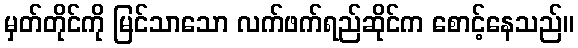
မှတ်တိုင်ကို မြင်သာသော လက်ဖက်ရည်ဆိုင်က စောင့်နေသည်။